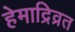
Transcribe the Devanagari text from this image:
हेमाद्रिव्रत